Vaccination in Bombay 1856-1862 - 1856-1862
Year: 1856
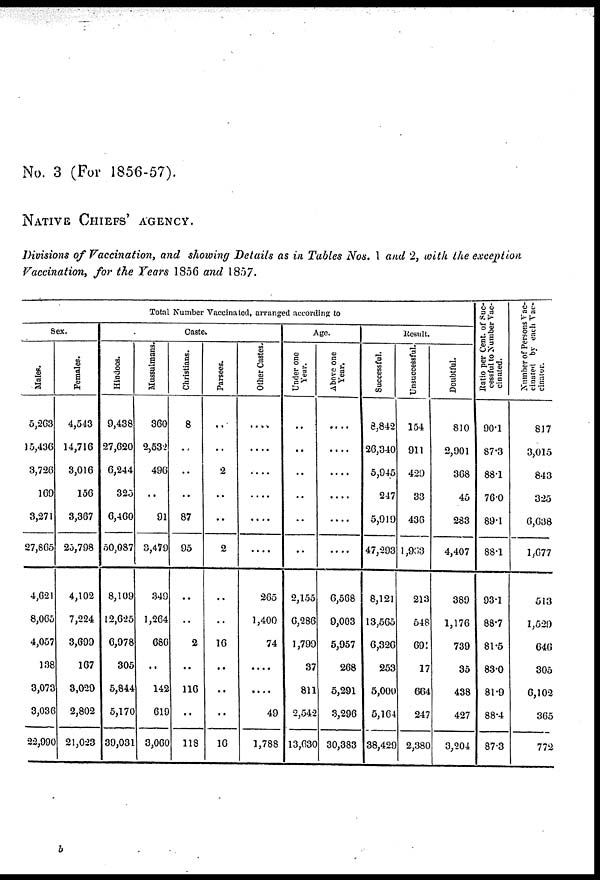
No. 3 (For 1856-57).
NATIVE CHIEFS' AGENCY.
Divisions of Vaccination, and showing Details as in Tables Nos. 1 and 2, with the exception
Vaccination, for the Years 1856 and 1857.
Total Number Vaccinated, arranged according to
Sex.
Males.
5,263
15,436
3,726
169
3,271
27,865
4,621
8,065
4,057
138
3,072
3,036
22,990
Females.
4,543
14,716
3,016
156
3,367
25,798
4,102
7,224
3,699
167
3,029
2,802
21,023
Caste.
Hindoos.
9,438
27,620
6,244
325
6,460
50,087
8,109
12,625
6,978
305
5,844
5,170
39,031
Mussulmans.
360
2,532
496
..
91
3,479
349
1,264
686
..
142
619
3,060
Christians.
8
..
..
..
87
95
..
..
2
..
116
..
118
Parsees.
..
..
2
..
..
2
..
..
16
..
..
..
16
Other Castes.
....
....
....
....
....
....
265
1,400
74
....
....
49
1,788
Age.
Under one
Year.
..
..
..
..
..
..
2,155
6,286
1,799
37
811
2,542
13,630
Above one
Year.
....
....
....
....
....
....
6,568
9,003
5,957
268
5,291
3,296
30,383
Result.
Successful.
8,842
26,340
5,945
247
5,919
47,293
8,121
13,565
6,326
253
5,000
5,164
38,429
Unsuccessful.
154
911
429
33
436
1,963
213
548
691
17
664
247
2,380
Doubtful.
810
2,901
368
45
283
4,407
389
1,176
739
35
438
427
3,204
Ratio per Cent. of Suc-
cessful to Number Vac-
cinated.
90.1
87.3
88.1
76.0
89.1
88.1
93.1
88.7
81.5
83.0
81.9
88.4
87.3
Number of Persons Vac-
cinated by each Vac-
cinator.
817
3,015
843
325
6,638
1,677
513
1,529
646
305
6,102
365
772
b